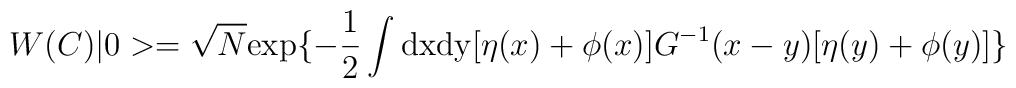
W(C)|0>=\sqrt N {\rm exp}\{-\frac{1}{2}\int {\rm dx dy}[\eta(x)+\phi(x)]G^{-1}(x-y)[\eta(y)+\phi(y)]\}